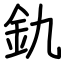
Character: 釚